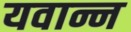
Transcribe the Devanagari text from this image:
यवान्न